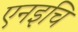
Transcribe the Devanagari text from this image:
एनइचि